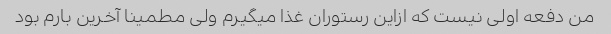
من دفعه اولی نیست که ازاین رستوران غذا میگیرم ولی مطمینا آخرین بارم بود